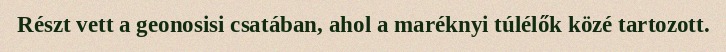
Részt vett a geonosisi csatában, ahol a maréknyi túlélők közé tartozott.